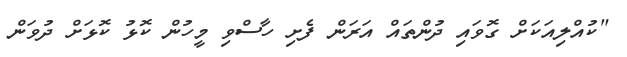
"ކުއްލިއަކަށް ގޮވައި ދުންތައް އަރަން ފެށި ހާސްވި މީހުން ކޮޅު ކޮޅަށް ދުވަން